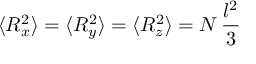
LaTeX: \langle R _ { x } ^ { 2 } \rangle = \langle R _ { y } ^ { 2 } \rangle = \langle R _ { z } ^ { 2 } \rangle = N \, { \frac { l ^ { 2 } } { 3 } }